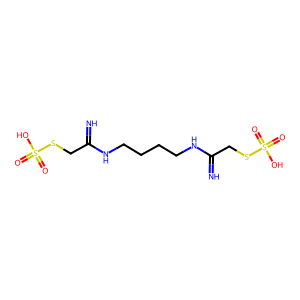
SMILES: N=C(CSS(=O)(=O)O)NCCCCNC(=N)CSS(=O)(=O)O
Inhibits HIV replication: No